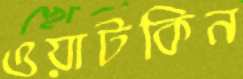
ওয়াটকিন